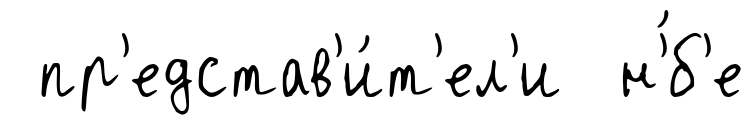
пр'едстав'и́т'ел'и н'́б'е